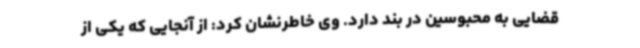
قضایی به محبوسین در بند دارد. وی خاطرنشان کرد: از آنجایی که یکی از